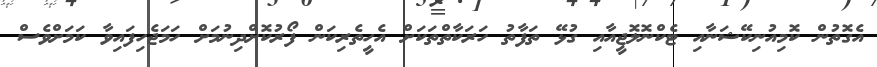
އެގޮތުން ކޮމިއުނިކޭޝަނާއި ޓެކްނޮލޮޖީއާއި ގުޅޭ ތަފާތު ހަރަކާތްތަކަށް އެހީތެރިކަން ފޯރުކޮށްދިނުމަށް ހަމަޖެހިފައިވާ ކަމަށްވެސް